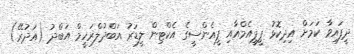
ދީފައިވާ ކަމަށް އިދިކޮޅު ޕީޕީއެމްއާއި ޕީއެންސީގެ އެކްޓިން ލީޑަރު އަބްދުލްރަހީމް އަބްދު (އަދުރޭ)